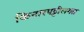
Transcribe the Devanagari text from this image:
किनारपट्टीलगत